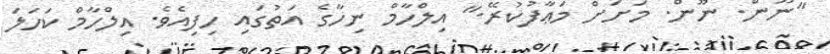
"ނޫން. ނޫން. މަށަށް މަޢާފުކުރޭ." އިލްހާމް ނިހާގެ އަތުގައި ހިފިއެވެ. އިލްހާމް ކަހަލަ